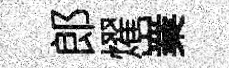
郎燿嶪